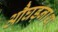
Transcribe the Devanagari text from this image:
औघड़नाथ